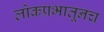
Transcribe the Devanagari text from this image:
लोकप्रभातूनच